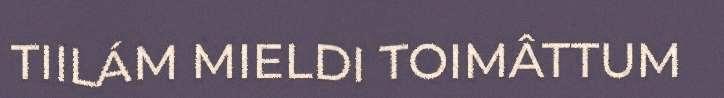
TIILÁM MIELDI TOIMÂTTUM